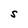
Character: S